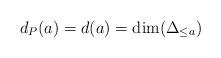
LaTeX: \begin{align*}d_P(a)=d(a)=\dim(\Delta_{\le a})\end{align*}